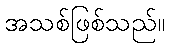
အသစ်ဖြစ်သည်။